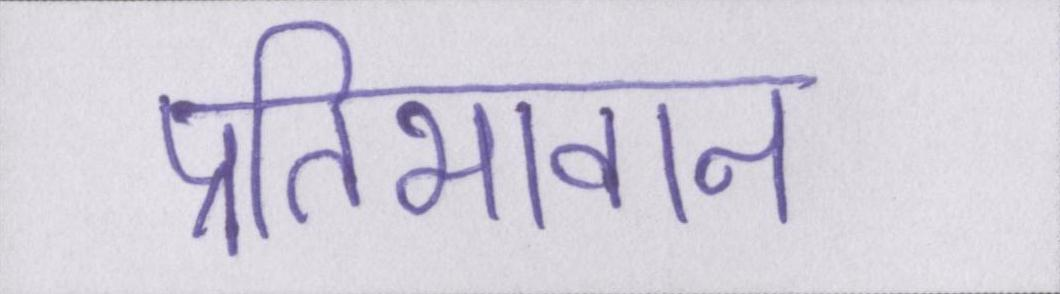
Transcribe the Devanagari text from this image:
प्रतिभावान